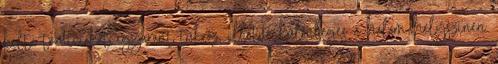
kelta tradíciókat egyaránt tükröz, illetve különleges a halom helyszínen